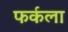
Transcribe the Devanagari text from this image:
फर्कला